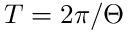
T = 2 \pi / \Theta